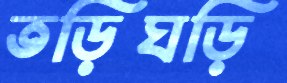
তড়িঘড়ি